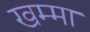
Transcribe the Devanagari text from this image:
खम्मा